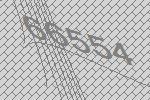
66554